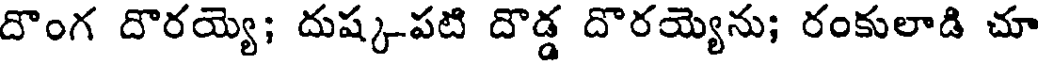
దొంగ దొరయ్యె; దుష్క-పటి దొడ్డ దొరయ్యెను; రంకులాడి చూ